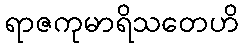
ရာဇကုမာရိသတေဟိ